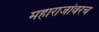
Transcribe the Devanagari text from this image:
महाराजांवरच